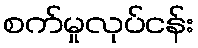
စက်မှုလုပ်ငန်း